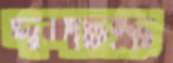
দশচক্র